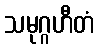
သမုဂ္ဂဟီတံ